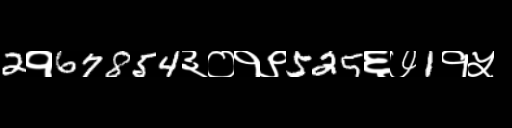
Text: 2१67854३०१९525६७1१५